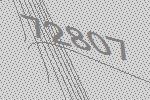
72807